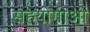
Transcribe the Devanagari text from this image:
सहयोगीओं